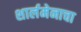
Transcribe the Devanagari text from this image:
शार्लमेनाचा